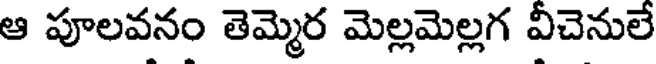
ఆ పూలవనం తెమ్మెర మెల్లమెల్లగ వీచెనులే